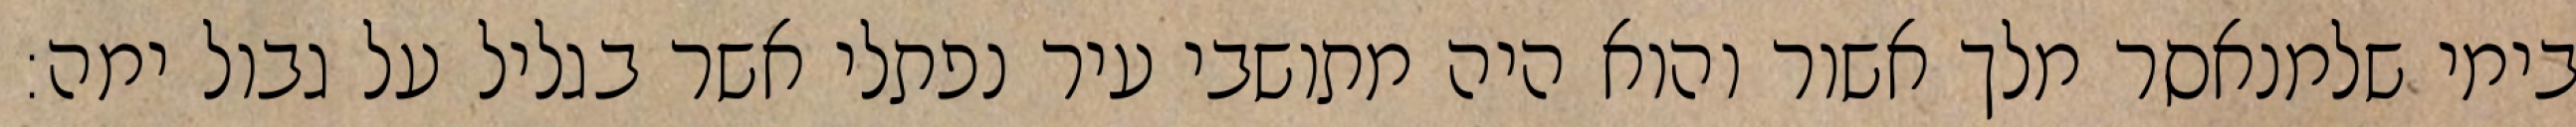
בימי שלמנאסר מלך אשור והוא היה מתושבי עיר נפתלי אשר בגליל על גבול ימה: